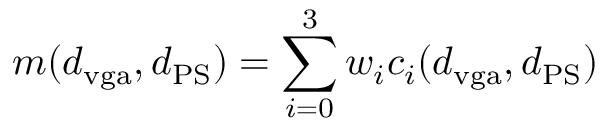
m ( d _ { \mathrm { v g a } } , d _ { \mathrm { P S } } ) = \sum _ { i = 0 } ^ { 3 } w _ { i } c _ { i } ( d _ { \mathrm { v g a } } , d _ { \mathrm { P S } } )